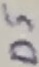
Text: D5